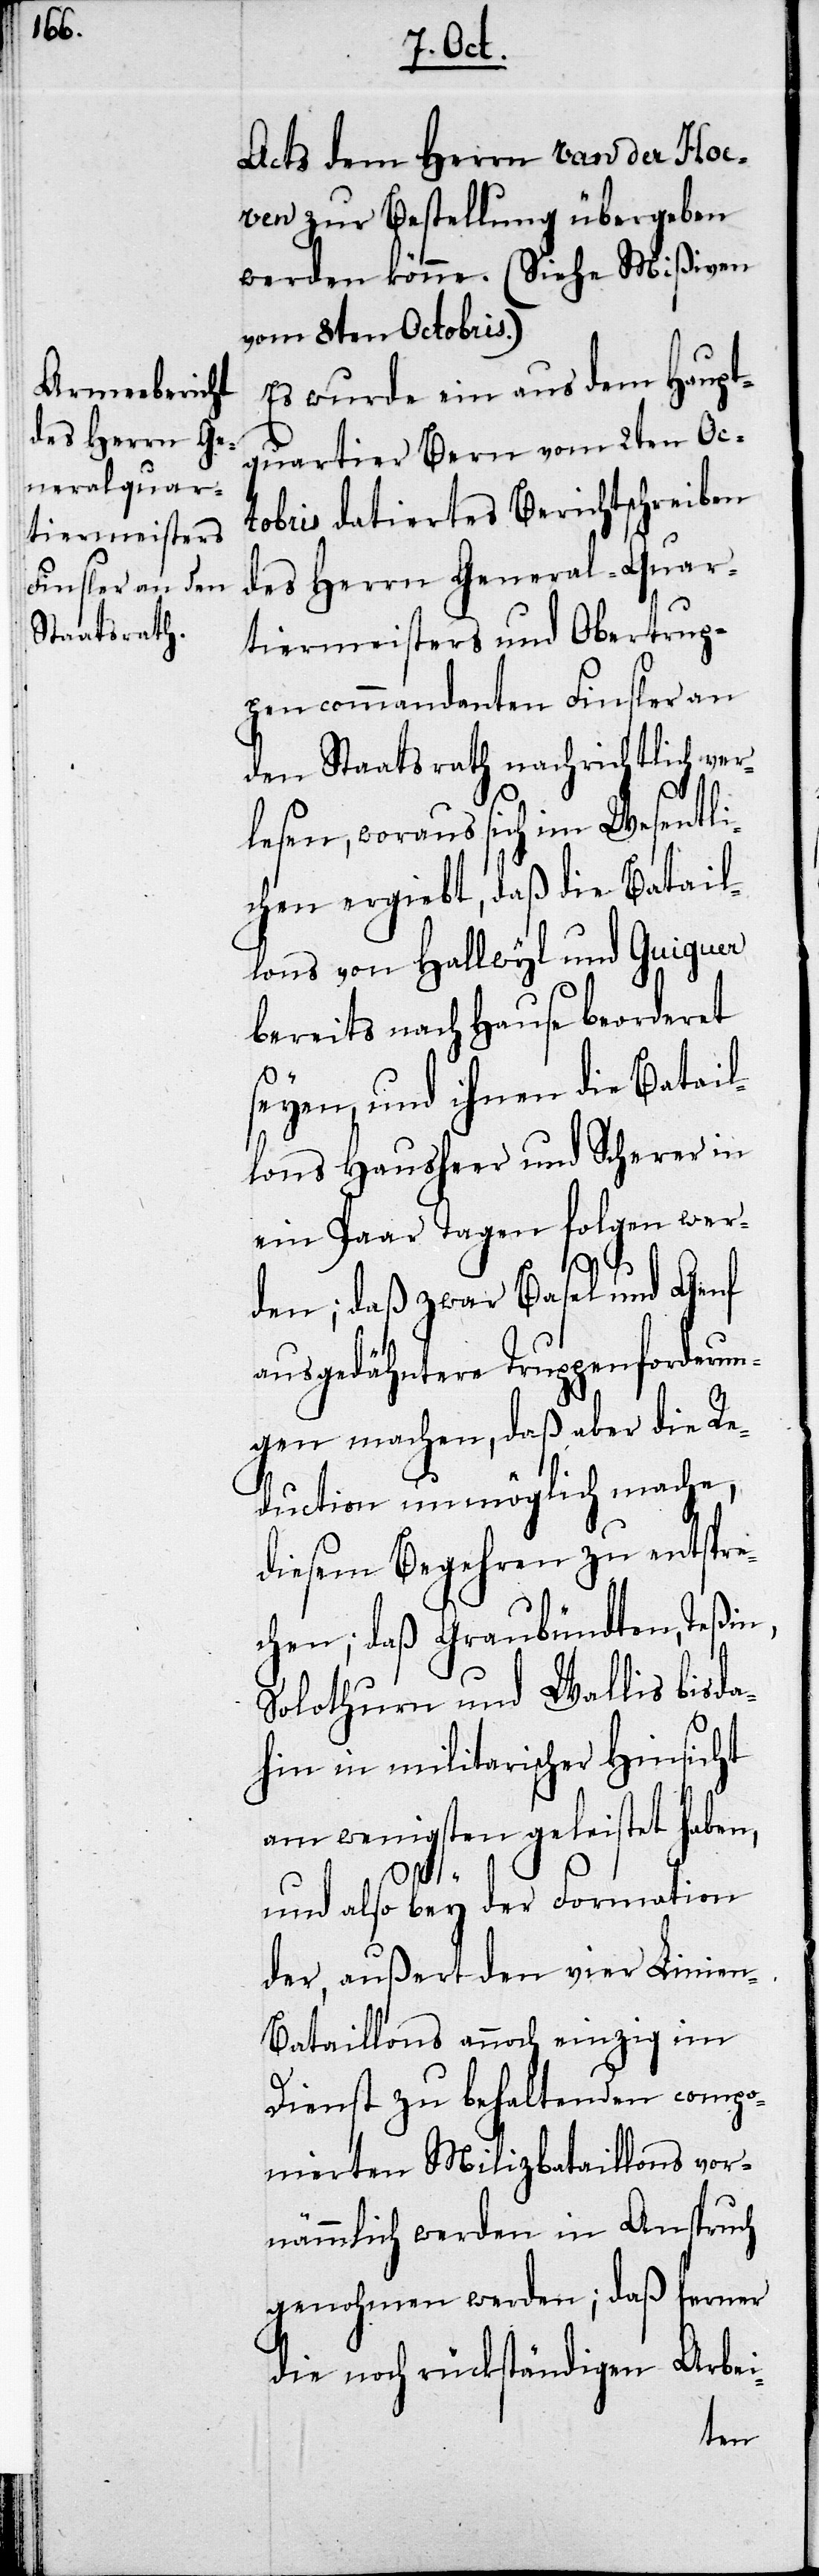
Hoe¬

ven zur Bestellung übergeben
werden könne. (Siehe Mißiven
vom 8ten Octobris.)
Es wurde ein aus dem Haupt¬
quartier Bern vom 2ten Oc¬
tobris datiertes Berichtsschreiben
des Herrn General-Quar¬
tiermeisters und Obertrup¬
pencommandanten Finsler an
den Staatsrath nachrichtlich ver¬
lesen, woraus sich im Wesentli¬
chen ergiebt, daß die Batail¬
lons von Hallwyl und Guiguer
bereits nach Hause beorderet
seyen, und ihnen die Batail¬
lons Hausheer und Scherer in
ein Paar Tagen folgen wer¬
den; daß zwar Basel und Genf
ausgedähntere Truppenforderun¬
gen machen, daß aber die Re¬
duction unmöglich mache,
diesem Begehren zu entspre¬
chen; daß Graubündten, Teßin,
Solothurn und Wallis bis d¬
ahin in militarischer Hinsicht
am wenigsten geleistet haben,
und also bey der Formation
der, außert den vier Linien-B¬
ataillons annoch einzig im
Dienst zu behaltenden compo¬
nierten Milizbataillons vor¬
nämmlich werden in Anspruch
genohmen werden; daß ferner
die noch rückständigen Arbei-